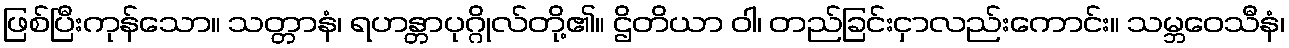
ဖြစ်ပြီးကုန်သော။ သတ္တာနံ၊ ရဟန္တာပုဂ္ဂိုလ်တို့၏။ ဌိတိယာ ဝါ၊ တည်ခြင်းငှာလည်းကောင်း။ သမ္ဘဝေသီနံ၊